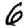
Digit: 6